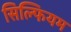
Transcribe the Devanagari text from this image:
सिल्फियम